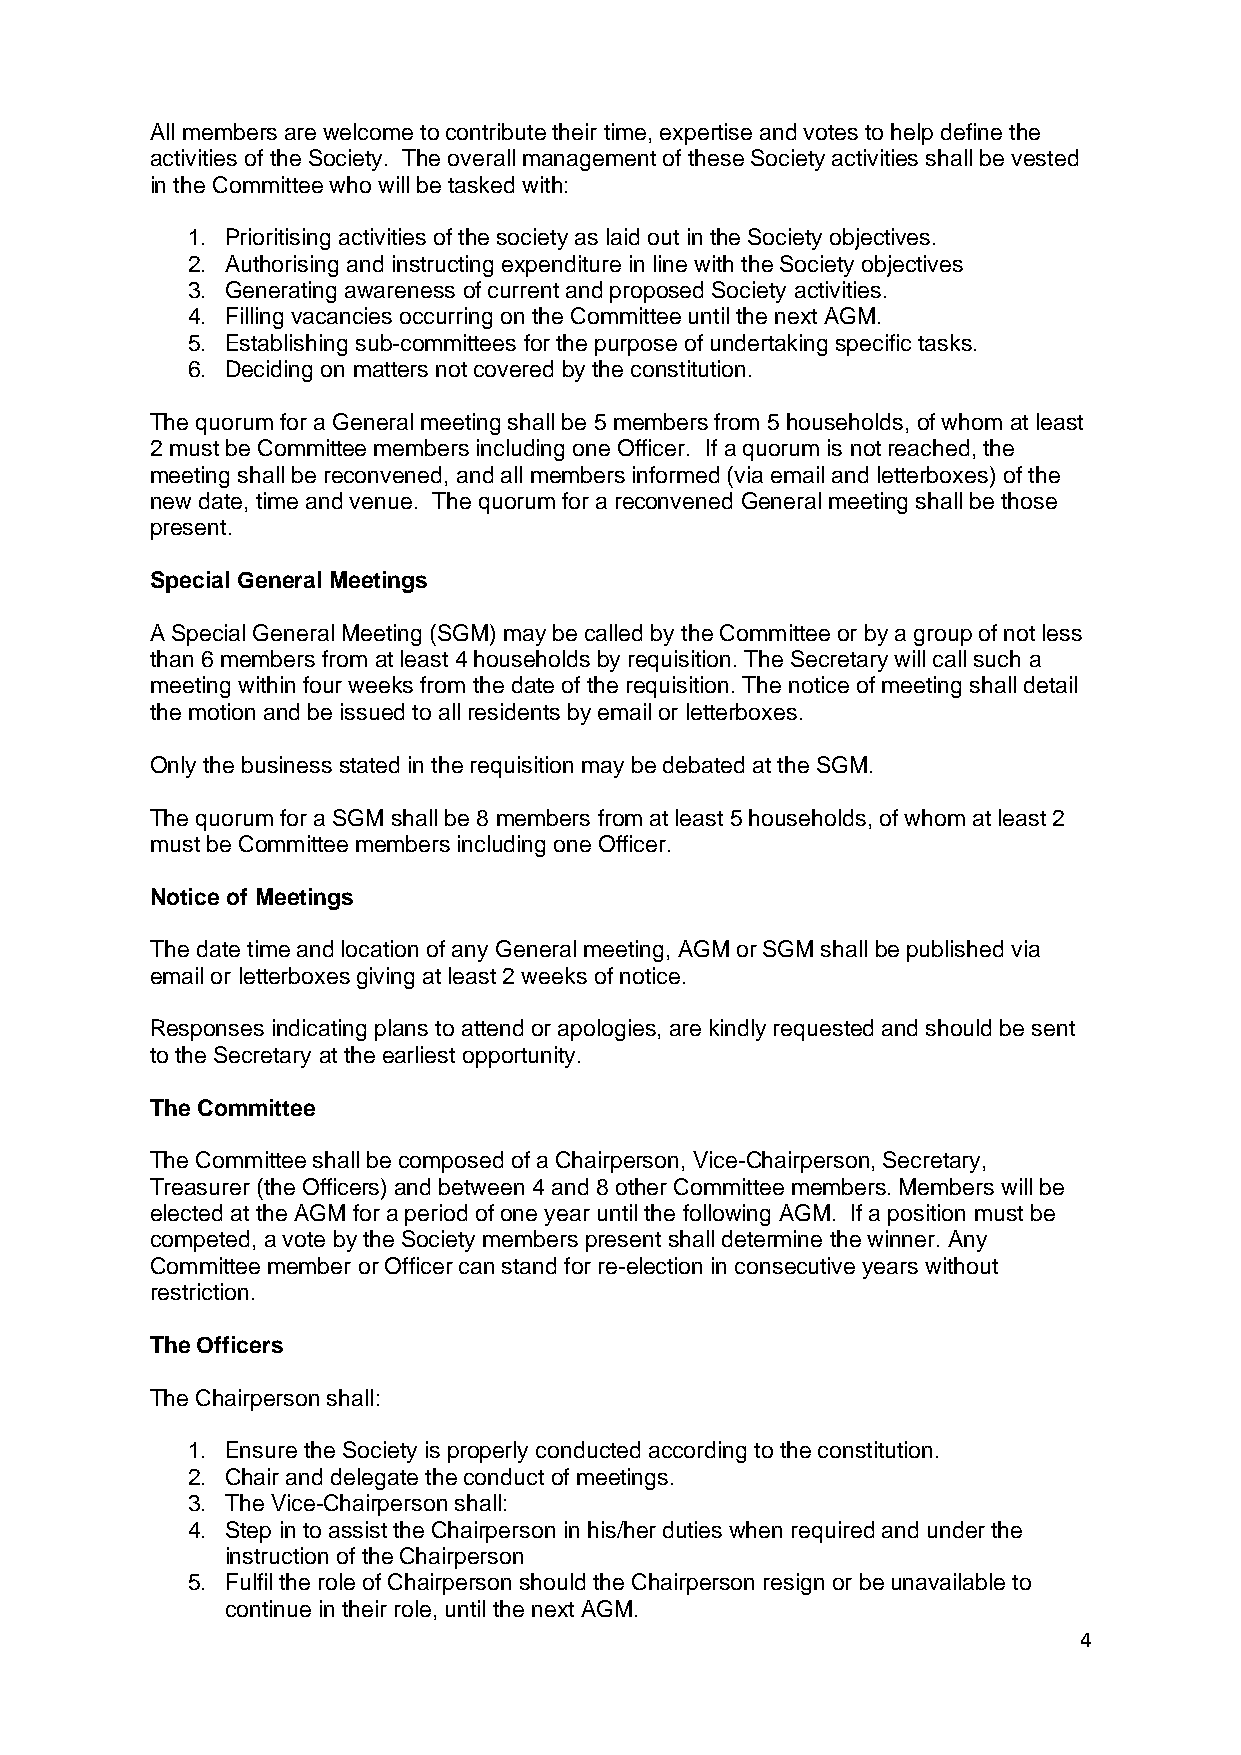
All members are welcome to contribute their time, expertise and votes to help define the
 activities of the Society. The overall management of these Society activities shall be vested
 in the Committee who will be tasked with:
 1. Prioritising activities of the society as laid out in the Society objectives.
 2. Authorising and instructing expenditure in line with the Society objectives
 3. Generating awareness of current and proposed Society activities.
 4. Filling vacancies occurring on the Committee until the next AGM.
 5. Establishing sub-committees for the purpose of undertaking specific tasks.
 6. Deciding on matters not covered by the constitution.
 The quorum for a General meeting shall be 5 members from 5 households, of whom at least
 2 must be Committee members including one Officer. If a quorum is not reached, the
 meeting shall be reconvened, and all members informed (via email and letterboxes) of the
 new date, time and venue. The quorum for a reconvened General meeting shall be those
 present.
 Special General Meetings
 A Special General Meeting (SGM) may be called by the Committee or by a group of not less
 than 6 members from at least 4 households by requisition. The Secretary will call such a
 meeting within four weeks from the date of the requisition. The notice of meeting shall detail
 the motion and be issued to all residents by email or letterboxes.
 Only the business stated in the requisition may be debated at the SGM.
 The quorum for a SGM shall be 8 members from at least 5 households, of whom at least 2
 must be Committee members including one Officer.
 Notice of Meetings
 The date time and location of any General meeting, AGM or SGM shall be published via
 email or letterboxes giving at least 2 weeks of notice.
 Responses indicating plans to attend or apologies, are kindly requested and should be sent
 to the Secretary at the earliest opportunity.
 The Committee
 The Committee shall be composed of a Chairperson, Vice-Chairperson, Secretary,
 Treasurer (the Officers) and between 4 and 8 other Committee members. Members will be
 elected at the AGM for a period of one year until the following AGM. If a position must be
 competed, a vote by the Society members present shall determine the winner. Any
 Committee member or Officer can stand for re-election in consecutive years without
 restriction.
 The Officers
 The Chairperson shall:
 1. Ensure the Society is properly conducted according to the constitution.
 2. Chair and delegate the conduct of meetings.
 3. The Vice-Chairperson shall:
 4. Step in to assist the Chairperson in his/her duties when required and under the
 instruction of the Chairperson
 5. Fulfil the role of Chairperson should the Chairperson resign or be unavailable to
 continue in their role, until the next AGM.
 4